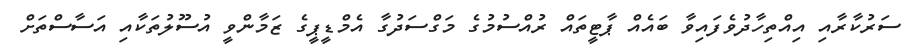
ސަރުކާރާއި އިއްތިހާދުވެފައިވާ ބައެއް ޕާޓީތައް ރުއްސުމުގެ މަގްސަދުގާ އެމްޑީޕީގެ ޒަމާންވީ އުސޫލުތަކާއި އަސާސްތަށް